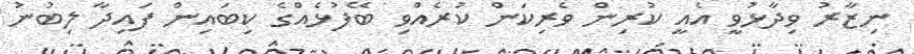
ނިޒާރު ވިދާޅުވީ އެއީ ކުރިން ވެރިކަން ކުރެއްވި ބޭފުޅެއްގެ ކިބައިން ފައިދާ ލިބުނު